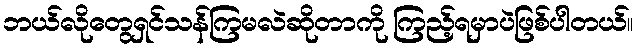
ဘယ်လိုတွေရှင်သန်ကြမလဲဆိုတာကို ကြည့်ရမှာပဲဖြစ်ပါတယ်။